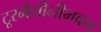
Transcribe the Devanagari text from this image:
टूरमैलीनीभवन